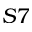
S 7